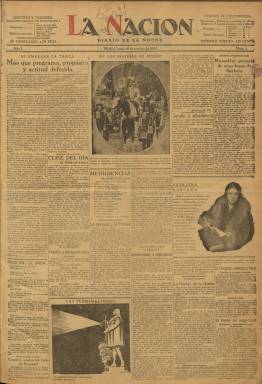
Título: La Nación (Madrid)
Colección: Periódicos
Ámbito geográfico: Madrid
Lugar de publicación: Madrid
Fechas: 19/10/1925-13/03/1936

Se trata del diario creado a instancias del propio general Miguel Primo de Rivera (1870-1930), como instrumento de propaganda de su Dictadura (1923-1930) y de la Unión Patriótica (1924-1930), el partido personalista que funda para sustentarla ideológicamente, por lo que es considerado como el principal órgano “oficioso” de prensa del régimen militar primoriverista. Para su fundación y financiación fue utilizada la propia Administración del Estado, a través de los gobernadores civiles, y los fondos aportados por organismos locales y provinciales, además de los de empresarios industriales y bancarios y de otras personalidades monárquicas. Constituida, el 17 de enero de 1925, la Sociedad Anónima Editorial La Nación, con un capital de tres millones de pesetas, siendo el jurista y político Carlos González Rothvoss el presidente de su consejo de Administración y el hijo del dictador, Miguel Primo de Rivera y Sáinz de Heredia (1904-1964), su secretario, comienza a publicarse, como “diario de la noche”, el 19 de octubre de ese mismo año 1925.

En su artículo de presentación se dirá que el diario “defenderá y difundirá” las “fórmulas del régimen político” iniciadas por el Directorio, es decir, y en sus propias palabras, las de una “empresa patriótica” bajo los postulados de la “unidad nacional” y el “régimen monárquico”, y durante los seis años que duró el régimen defenderá la rígida censura impuesta, y se irá perfilando ya en sus páginas el “pensamiento totalitario” que desarrollará posteriormente durante el régimen republicano (Seoane y Saiz: 1996). Al principio, el diario tuvo cierta benévola acogida por parte de la prensa en general, como fue el caso del también monárquico ABC (1903) o el de la jerarquía católica española El Debate (1910-1936), pero la democrática mostró poca simpatía o se declaró hostil, especialmente los diarios Heraldo de Madrid (1890-1939), El Sol (1917-1939), La Libertad (1919-1936) y La Voz (1920-1939).

Después de que Azorín (1873-1967), que mantuvo una actitud permisiva ante el nuevo régimen, renunciara al ofrecimiento de dirigirlo, el dictador eligió al teniente coronel Pedro Rico Parada, que había ejercido la máxima responsabilidad de la Censura, como su director, hasta que fue sustituido muy pronto, el 18 de diciembre de ese mismo año 1925, por el periodista Manuel Delgado Barreto (1879-1936), que previamente desde la dirección del diario maurista La Acción (1916-1924) había contribuido al golpe de Estado y publicado diez números del semanario satírico que había titulado precisamente La Dictadura (1924). Delgado Barreto ya venía colaborando en La Nación, cuya redacción se nutrirá, precisamente, de redactores y colaboradores del desaparecido libelista La Acción.

Entre estos colaboradores estarán Vicente Gay (1876-1949), José María Pemán (1897-1981), José Pemartín (1888-1954), José Calvo Sotelo (1893-1936), César González Ruano (1903-1965), que usó el seudónimo César de Alda, así como Francisco Gambín o Gonzalo Latorre, y con los caricaturistas Gerardo Fernández de la Reguera (1881-1937), que usaba el seudónimo Areuger, y Joaquín de Alba (19121-1983), el de Kin. El propio dictador lo utilizará también para emitir sus comunicados y notas; y, especialmente, contó con la colaboración de Ramiro de Maeztu (1876-1936), que hubo de abandonar El Sol, para ser autor de la sección Pareceres, hasta el 31 de enero de 1928. El periódico primoriverista fue un fracaso de público y tuvo escasa circulación, incluso entre los miembros de la Unión Patriótica. Esta también contó con casi otras tres decenas de cabeceras periodísticas en todo el país, como fue el caso de La Razón (Barcelona: 1928).

Tras su dimisión y exilio en París al comenzar el año 1930 y la desaparición de la Unión Patriótica, Primo de Rivera exhortará en carta a Delgado Barreto que el diario no siguiera nunca otra política que la que por él trazada y que no se prestara a ser órgano de partido político alguno. Fallecido el dictador ese mismo año, lo será del sector más ultraderechista de la Unión Monárquica Nacional (1930-1934), el nuevo partido que en julio de ese año será creado por exdirigentes del fenecido régimen. Por su parte, el también hijo del dictador, José Antonio Primo de Rivera (1903-1936), sustituirá también ese mismo año a su hermano Miguel como secretario del consejo de administración de la empresa editora, de la que eran máximos accionistas, permaneciendo Miguel como miembro de su Consejo de Redacción. Por su parte, José Antonio comenzará sus colaboraciones periodísticas en La Nación para rehabilitar, precisamente, el extinto régimen de su progenitor.

Establecida la II República Española, el diario dirigido por Delgado Barreto, como portavoz de la ultraderecha monárquica, además de criticar al nuevo régimen democrático, lo hará especialmente contra quien le hará sombra en su propio campo ideológico, el político José María Robles (1898-1880) y la CEDA (1933-1937). Es más, junto a José Antonio Primo de Rivera, con quien había contraído una estrecha amistad tras la muerte del dictador, Delgado Barreto lanzará el único número de El Fascio (16 mar. 1933), siendo impreso en los propios talleres de La Nación. José Antonio inspirará y redactará un buen número de artículos de La Nación hasta 1934, desde donde se patrocinó su candidatura a las elecciones de noviembre de 1933. El diario se mostrará muy favorable al nazismo alemán y acogerá con una entrega total la fundación de Falange (Gómez Aparicio: 1981), de la que se alejará tras la creación, en diciembre de 1934, del monárquico Bloque Nacional, liderado por Calvo Sotelo, y, especialmente, cuando José Antonio considere a la monarquía “gloriosamente fenecida”, en su discruso del 19 de mayo de 1935.

Como órgano del Bloque Nacional, el diario propugnará una monarquía purgada de liberalismo y seguirá atacando a Gil Robles y la CEDA, hasta que lleguen las elecciones de febrero de 1936, cuando ambas organizaciones políticas formen candidaturas conjuntas contra las del Frente Popular. Si había publicado numerosos reportajes durante la revolución de octubre de 1934, el diario dirigido por Delgado Barreto también se dedicó a dar amplio espacio a los sucesos anticlericales y a movilizar a través de sus artículos y editoriales a los grupos ultraderechistas contra el régimen republicano y a “salvar” España.

La Nación fue formalmente un diario típico de la época, que comenzó con entregas de ocho páginas, compuestas a seis columnas, para después duplicarlas, hasta las 16 páginas, aunque con variaciones en su formato y reducción de su número de columnas. En su cabecera se usaba la tinta de color rojo, como ya lo había hecho el diario La Acción. Estará ilustrado con fotograbados de actualidad y humor gráfico. Indicó que sacaba hasta cuatro ediciones diarias, y tuvo páginas semanales especiales de Deportes, Modas, Agricultura, Finanzas, Arte o Literatura. Además de editoriales y artículos doctrinales, tuvo las clásicas secciones diarias de noticias nacionales, de provincias y extranjeras, junto a otras de temas madrileños, deportes, toros, espectáculos, cine o bolsa, así como crónicas y reportajes. Alberto de Segovia fue el autor de una sección bajo el epígrafe Clisé del día, y Francisco Ramos de Castro, otra en verso titulada Menudencias. Entre sus colaboradores contó también con Francisco Sainz de Robles.

El 13 de marzo de 1936 dejará de publicarse, tras el incendio de sus talleres provocado por el atentado falangista del día anterior contra el catedrático, diputado socialista y vicepresidente de las Cortes Luis Jiménez de Asúa (1889-1970) en el que resultó muerto su escolta, el inspector de policía Jesús Gisbert. Tras el golpe de Estado y el comienzo de la guerra civil, varios miembros de La Nación fueron fusilados: su redactor jefe, José San Germán Ocaña (1887-1936); el jefe de Deportes, Leoncio Delgado Cruz, que usaba el seudónimo El Capitán Grant, el redactor Juan Laguía Lliteras y el ya citado dibujante Areuger. Detenido el propio Delgado Barreto, no se conocerá su destino final.